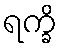
ရက္ခိ